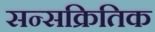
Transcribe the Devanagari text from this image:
सन्सक्रितिक